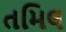
તમિલ